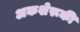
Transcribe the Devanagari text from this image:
अकशेरूकी